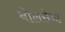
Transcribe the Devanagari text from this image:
बोलसेना